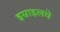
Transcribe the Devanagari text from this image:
इस्राइलचे